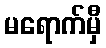
မရောက်မှီ